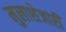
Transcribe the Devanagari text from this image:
मुलाशेजारीं